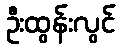
ဦးထွန်းလွင်